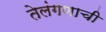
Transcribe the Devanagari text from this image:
तेलंगणाची